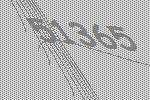
51365